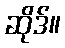
ဆိုဒ်။